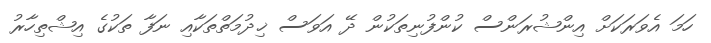
ހަމަ އެވަރަކަށް އިންޝުރަންސް ކުންފުނިތަކުން ދޭ އަވަސް ޚިދުމަތްތަކާއި ނަފާ ތަކުގެ އިޝްތިހާރު